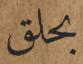
بحلق